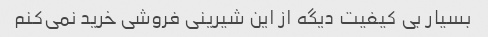
بسیار بی کیفیت دیگه از این شیرینی فروشی خرید نمی‌کنم